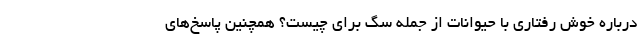
درباره خوش رفتاری با حیوانات از جمله سگ برای چیست؟ همچنین پاسخ‌های